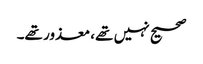
صحیح نہیں تھے، معذور تھے۔